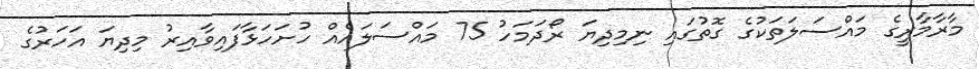
މާރާމާރީގެ މައްސަލަތަކުގެ ގޮތުގައި ނިމިދިޔަ ރޯދަމަހު 75 މައްސަލައެއް ހުށަހަޅާފައިވާއިރު މިދިޔަ އަހަރުގެ